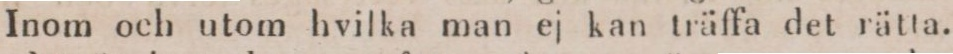
Inom och utom hvilka man ej kan träffa det rätta.